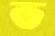
ভ